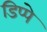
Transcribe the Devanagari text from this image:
डिप्‍पे